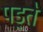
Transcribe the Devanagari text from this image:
पड्ते